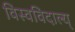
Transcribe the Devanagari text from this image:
विस्वविदाल्य्